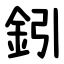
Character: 鈏